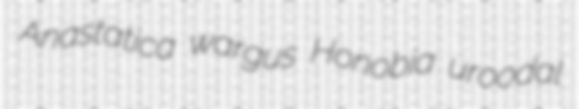
Anastatica wargus Honobia uroodal